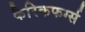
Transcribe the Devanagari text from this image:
कैरिकफर्ग्स